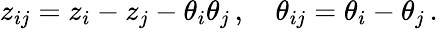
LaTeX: z_{ij}=z_{i}-z_{j}-\theta_{i}\theta_{j}\, ,\quad\theta_{ij}=\theta_{i}-\theta_{j}\, .